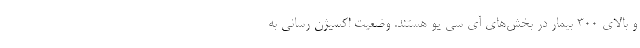
و بالای ۳۰۰ بیمار در بخش‌های آی سی یو هستند. وضعیت اکسیژن رسانی به